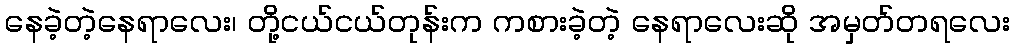
နေခဲ့တဲ့နေရာလေး၊ တို့ငယ်ငယ်တုန်းက ကစားခဲ့တဲ့ နေရာလေးဆို အမှတ်တရလေး